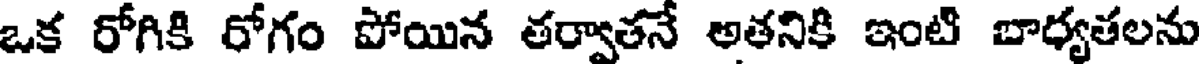
ఒక రోగికి రోగం పోయిన తర్వాతనే అతనికి ఇంటి బాధ్యతలను